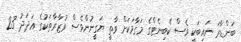
ބަންޑާރަ ނައިބަކީ ވެސް ކެބިނެޓްގެ މަގާމަކަށް ވާތީ ޔަގީނުންވެސް ވުޒާރާތަކުގެ އަދަދު 23